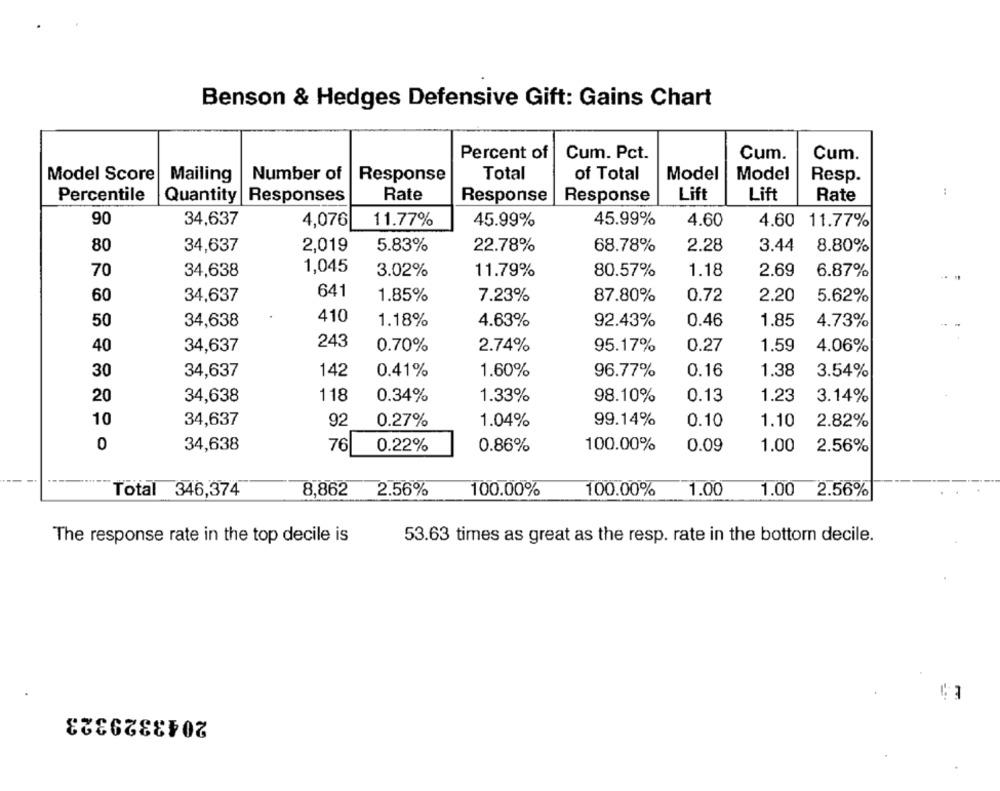
Benson & Hedges Defensive Gift: Gains Chart
Percent of
Cum. Pct.
Cum.
Cum.
Model Score
Mailing
Number of
Response
Total
of Total
Model
Model
Resp.
Percentile
Quantity Responses
Rate
Response
Response
Lift
Lift
Rate
:
90
34,637
11.77%
45.99%
4,076
45.99%
4.60
4.60 11.77%
80
34,637
2,019
5.83%
22.78%
68.78%
2.28
3.44
8.80%
1,045
70
34,638
3.02%
11.79%
80.57%
1.18
2.69
6.87%
641
60
34,637
1.85%
7.23%
87.80%
0.72
2.20
5.62%
50
34,638
410
1.18%
4.63%
92.43%
0.46
1.85
4.73%
40
34,637
243
0.70%
2.74%
95.17%
0.27
1.59
4.06%
30
142
0.16
1.38
3.54%
34,637
0.41%
1.60%
96.77%
20
34,638
118
0.34%
1.33%
98.10%
0.13
1.23
3.14%
10
34,637
92
0.27%
1.04%
99.14%
0.10
1.10
2.82%
0
34,638
76
0.22%
0.86%
100.00%
0.09
1.00
2.56%
Total 346,374
8,862
2.56%
100.00%
100.00%
1.00
1.00
2.56%
The response rate in the top decile is
53.63 times as great as the resp. rate in the bottom decile.
2043329323